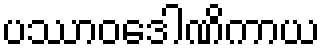
ပဿာဝဒေါဏိကာယ